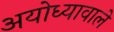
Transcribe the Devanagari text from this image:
अयोध्यावाले